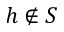
h \not \in S